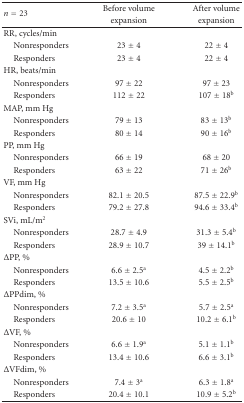
<table><thead><tr><td rowspan="2"><b><i>n</i> = 23</b></td><td><b>Before volume</b></td><td><b>After volume</b></td></tr><tr><td><b>expansion</b></td><td><b>expansion</b></td></tr></thead><tbody><tr><td>RR, cycles/min</td><td></td><td></td></tr><tr><td> Nonresponders</td><td>23 ± 4</td><td>22 ± 4</td></tr><tr><td> Responders</td><td>23 ± 4</td><td>22 ± 4</td></tr><tr><td>HR, beats/min</td><td></td><td></td></tr><tr><td> Nonresponders</td><td>97 ± 22</td><td>97 ± 23</td></tr><tr><td> Responders</td><td>112 ± 22</td><td>107 ± 18<sup>b</sup></td></tr><tr><td>MAP, mm Hg</td><td></td><td></td></tr><tr><td> Nonresponders</td><td>79 ± 13</td><td>83 ± 13<sup>b</sup></td></tr><tr><td> Responders</td><td>80 ± 14</td><td>90 ± 16<sup>b</sup></td></tr><tr><td>PP, mm Hg</td><td></td><td></td></tr><tr><td> Nonresponders</td><td>66 ± 19</td><td>68 ± 20</td></tr><tr><td> Responders</td><td>63 ± 22</td><td>71 ± 26<sup>b</sup></td></tr><tr><td>VF, mm Hg</td><td></td><td></td></tr><tr><td> Nonresponders</td><td>82.1 ± 20.5</td><td>87.5 ± 22.9<sup>b</sup></td></tr><tr><td> Responders</td><td>79.2 ± 27.8</td><td>94.6 ± 33.4<sup>b</sup></td></tr><tr><td>SVi, mL/m2</td><td></td><td></td></tr><tr><td> Nonresponders</td><td>28.7 ± 4.9</td><td>31.3 ± 5.4<sup>b</sup></td></tr><tr><td> Responders</td><td>28.9 ± 10.7</td><td>39 ± 14.1<sup>b</sup></td></tr><tr><td>ΔPP, %</td><td></td><td></td></tr><tr><td> Nonresponders</td><td>6.6 ± 2.5<sup>a</sup></td><td>4.5 ± 2.2<sup>b</sup></td></tr><tr><td> Responders</td><td>13.5 ± 10.6</td><td>5.5 ± 2.5<sup>b</sup></td></tr><tr><td>ΔPPdim, %</td><td></td><td></td></tr><tr><td> Nonresponders</td><td>7.2 ± 3.5<sup>a</sup></td><td>5.7 ± 2.5<sup>a</sup></td></tr><tr><td> Responders</td><td>20.6 ± 10</td><td>10.2 ± 6.1<sup>b</sup></td></tr><tr><td>ΔVF, %</td><td></td><td></td></tr><tr><td> Nonresponders</td><td>6.6 ± 1.9<sup>a</sup></td><td>5.1 ± 1.1<sup>b</sup></td></tr><tr><td> Responders</td><td>13.4 ± 10.6</td><td>6.6 ± 3.1<sup>b</sup></td></tr><tr><td>ΔVFdim, %</td><td></td><td></td></tr><tr><td> Nonresponders</td><td>7.4 ± 3<sup>a</sup></td><td>6.3 ± 1.8<sup>a</sup></td></tr><tr><td> Responders</td><td>20.4 ± 10.1</td><td>10.9 ± 5.2<sup>b</sup></td></tr></tbody></table>